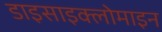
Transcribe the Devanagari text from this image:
डाइसाइक्लोमाइन